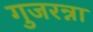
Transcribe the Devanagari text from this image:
गुजरन्ना